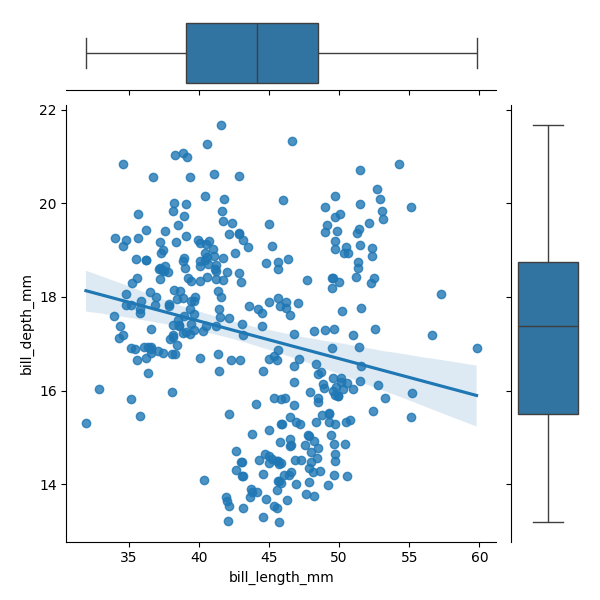
python, seaborn, JointGrid, regplot, boxplot